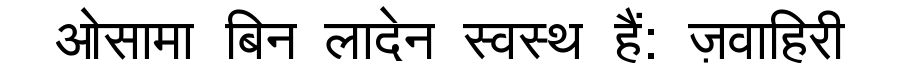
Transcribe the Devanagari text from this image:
ओसामा बिन लादेन स्वस्थ हैं: ज़वाहिरी